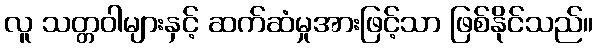
လူ သတ္တဝါများနှင့် ဆက်ဆံမှုအားဖြင့်သာ ဖြစ်နိုင်သည်။